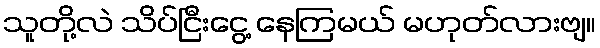
သူတို့လဲ သိပ်ငြီးငွေ့ နေကြမယ် မဟုတ်လားဗျ။